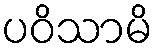
ပဝိသာမိ